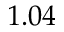
1 . 0 4